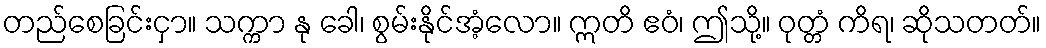
တည်စေခြင်းငှာ။ သက္ကာ နု ခေါ၊ စွမ်းနိုင်အံ့လော။ ဣတိ ဧဝံ၊ ဤသို့။ ဝုတ္တံ ကိရ၊ ဆိုသတတ်။